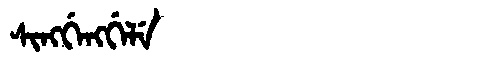
Manchu: ᠰᡳᠩᡤᡝᠩᡤᡝᠯᡝ
Romanization: SINGGENGGELE